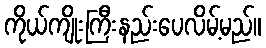
ကိုယ်ကျိုးကြီးနည်းပေလိမ့်မည်။